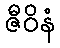
ဇီဝိနံ